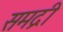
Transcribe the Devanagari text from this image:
समद्री